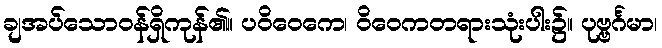
ချအပ်သောဝန်ရှိကုန်၏။ ပဝိဝေကေ၊ ဝိဝေကတရားသုံးပါး၌။ ပုဗ္ဗင်္ဂမာ၊